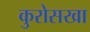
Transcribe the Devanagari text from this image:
कुरोसखा